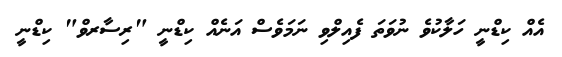
އެއް ކިޑްނީ ހަލާކުވެ ނުވަތަ ފެއިލްވި ނަމަވެސް އަނެއް ކިޑްނީ "ރިސާރވް" ކިޑްނީ